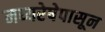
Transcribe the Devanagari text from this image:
मध्यरेषेपासून